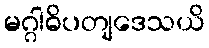
မဂ္ဂါဓိပတျဒေသယိ